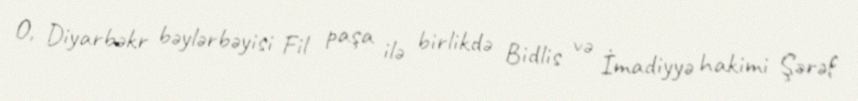
O, Diyarbəkr bəylərbəyisi Fil paşa ilə birlikdə Bidlis və İmadiyyə hakimi Şərəf